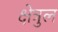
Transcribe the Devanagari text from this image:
क्षेत्रुल